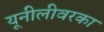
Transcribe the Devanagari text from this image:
यूनीलीवरका